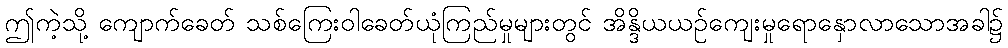
ဤကဲ့သို့ ကျောက်ခေတ် သစ်ကြေးဝါခေတ်ယုံကြည်မှုများတွင် အိန္ဒိယယဉ်ကျေးမှုရောနှောလာသောအခါ၌